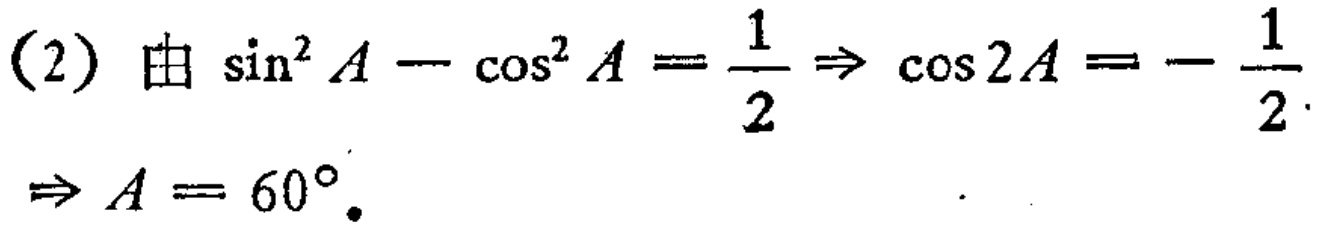
(2) 由 $\sin^{2}A - \cos^{2}A = \frac{1}{2} \Rightarrow \cos 2A = - \frac{1}{2} \Rightarrow A = 60^{\circ}.$